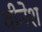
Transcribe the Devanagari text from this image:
वीनेश